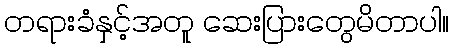
တရားခံနှင့်အတူ ဆေးပြားတွေမိတာပါ။